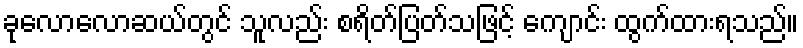
ခုလောလောဆယ်တွင် သူလည်း စရိတ်ပြတ်သဖြင့် ကျောင်း ထွက်ထားရသည်။